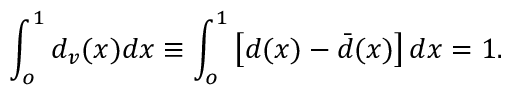
\int _ { o } ^ { 1 } { d _ { v } ( x ) d x } \equiv \int _ { o } ^ { 1 } \left[ d ( x ) - \bar { d } ( x ) \right] d x = 1 .